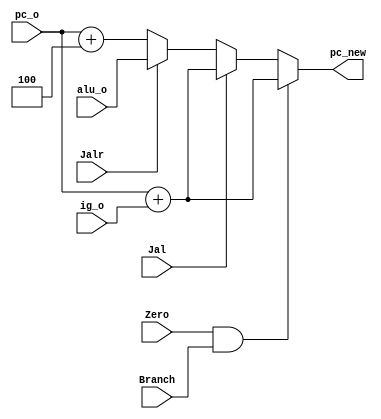
module PC_BRANCH
(
    input wire [31:0]   pc_o,
    input wire [31:0]   ig_o,
    input wire [31:0]   alu_o,
    input wire          Branch,
    input wire          Zero,
    input wire          Jal,
    input wire          Jalr,
    output wire [31:0]  pc_new
);
    assign pc_new = (Zero && Branch ) ? (pc_o + ig_o)   :
                    (Jal == 1)        ? (pc_o + ig_o)   :
                    (Jalr == 1)       ? (alu_o)         : (pc_o + 4);
   
endmodule